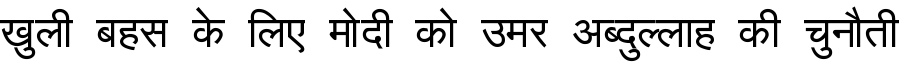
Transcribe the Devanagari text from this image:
खुली बहस के लिए मोदी को उमर अब्दुल्लाह की चुनौती